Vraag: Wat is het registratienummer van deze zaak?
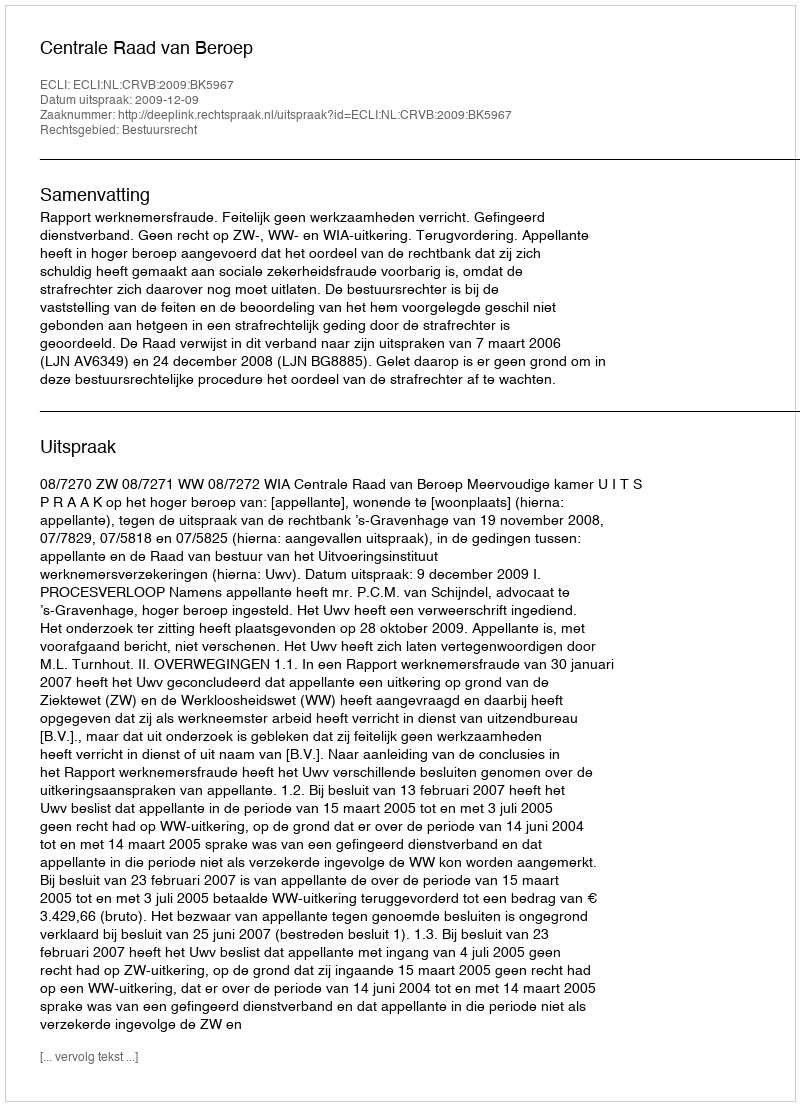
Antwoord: http://deeplink.rechtspraak.nl/uitspraak?id=ECLI:NL:CRVB:2009:BK5967